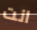
انت